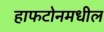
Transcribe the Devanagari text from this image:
हाफटोनमधील